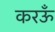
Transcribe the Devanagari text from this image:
करऊँ